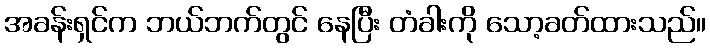
အခန်းရှင်က ဘယ်ဘက်တွင် နေပြီး တံခါးကို သော့ခတ်ထားသည်။